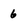
Character: 6